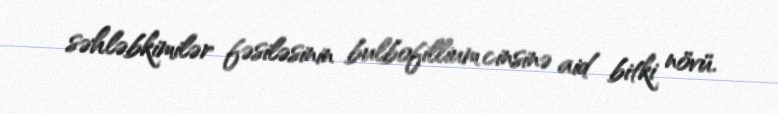
səhləbkimilər fəsiləsinin bulbofillium cinsinə aid bitki növü.